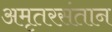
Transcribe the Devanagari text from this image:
अमृतरसंतान